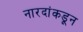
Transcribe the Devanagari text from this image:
नारदांकडून